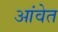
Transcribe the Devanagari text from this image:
आंवेत